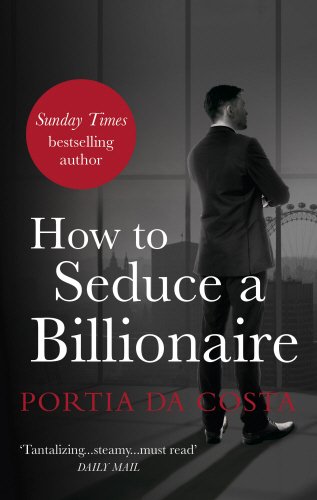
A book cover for How to Seduce a Billionaire (Black Lace); Portia Da Costa; Romance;